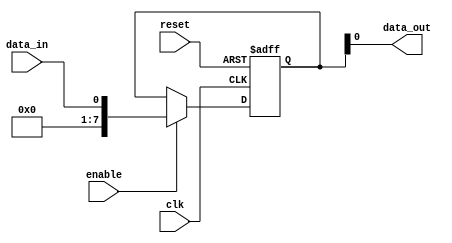
module Simple_Bypass_register (
    input wire clk,
    input wire reset,
    input wire enable,
    input wire data_in,
    output reg data_out
);

reg [7:0] register;

always @(posedge clk or posedge reset) begin
    if (reset) begin
        register <= 8'h00;
    end else begin
        if (enable) begin
            register <= data_in;
        end
    end
end

assign data_out = register;

endmodule